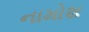
નામોશ